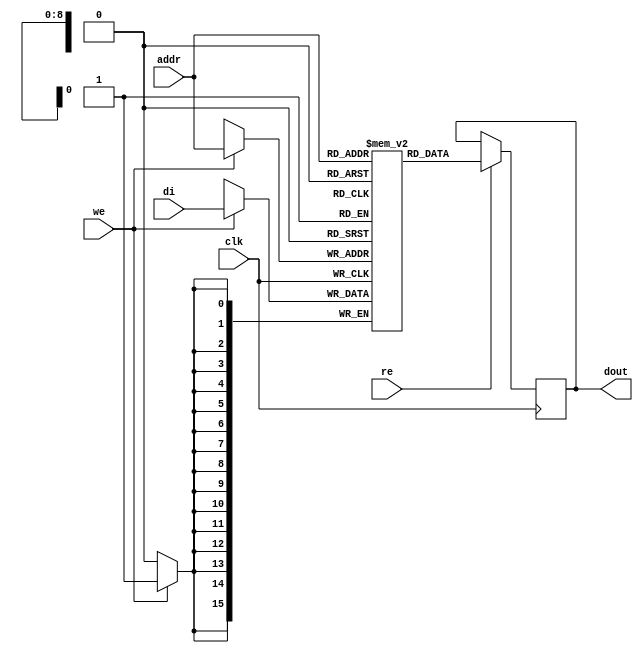

module rams_sp_re_we_rf_512x16_block (clk, we, re, addr, di, dout);
input clk;
input we, re;
input [8:0] addr;
input [15:0] di;
output [15:0] dout;

reg [15:0] dout=0;
(* ram_style = "block" *)
reg [15:0] RAM [511:0];
// reg [31:0] dout;

always @(posedge clk)
    begin
        if (we)
            RAM[addr] <= di;
        if (re)
            dout <= RAM[addr];
    end

endmodule